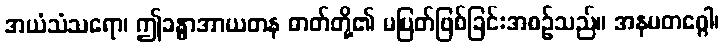
အယံသံသရော၊ ဤခန္ဓာအာယတန ဓာတ်တို့၏ မပြတ်ဖြစ်ခြင်းအစဉ်သည်။ အနမတဂ္ဂေါ၊